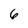
Character: 6